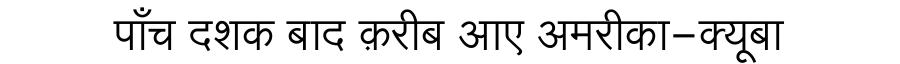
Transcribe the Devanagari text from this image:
पाँच दशक बाद क़रीब आए अमरीका-क्यूबा